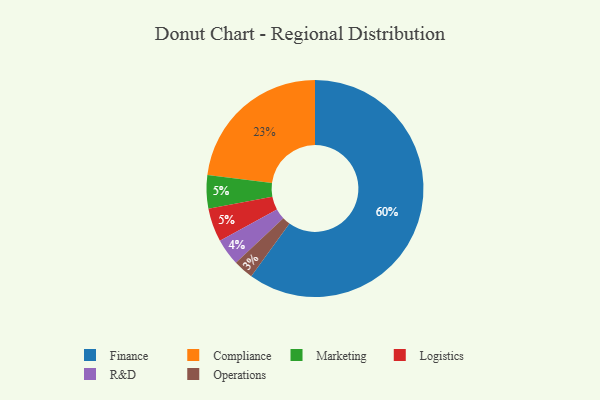
{"axis": {"x": "Category", "y": "Percentage"}, "legend": ["Compliance", "Finance", "Logistics", "Marketing", "Operations", "R&D"], "data": [{"x": "Marketing", "y": 5, "type": "Marketing"}, {"x": "Logistics", "y": 5, "type": "Logistics"}, {"x": "Finance", "y": 60, "type": "Finance"}, {"x": "R&D", "y": 4, "type": "R&D"}, {"x": "Compliance", "y": 23, "type": "Compliance"}, {"x": "Operations", "y": 3, "type": "Operations"}]}